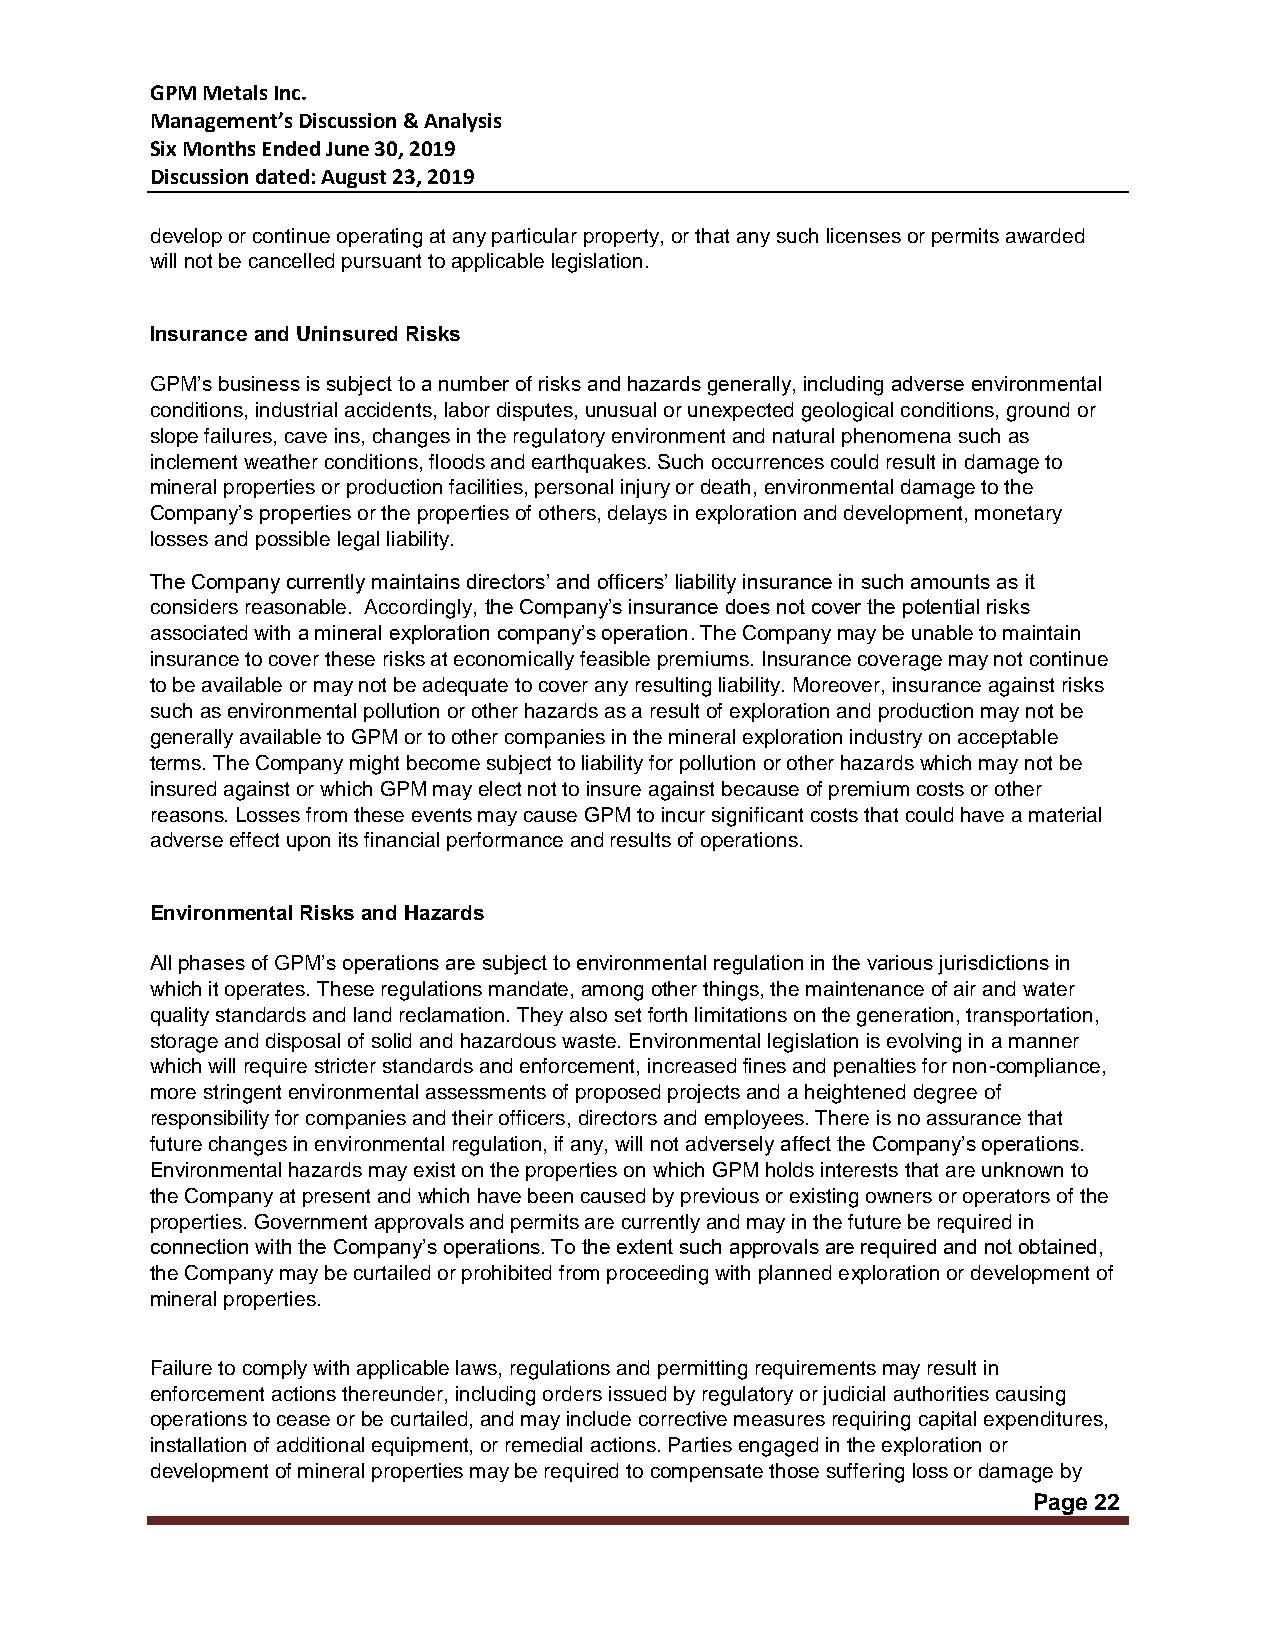
GPM Metals Inc.
 Management’s Discussion & Analysis
 Six Months Ended June 30, 2019
 Discussion dated: August 23, 2019
 develop or continue operating at any particular property, or that any such licenses or permits awarded
 will not be cancelled pursuant to applicable legislation.
 Insurance and Uninsured Risks
 GPM’s business is subject to a number of risks and hazards generally, including adverse environmental
 conditions, industrial accidents, labor disputes, unusual or unexpected geological conditions, ground or
 slope failures, cave ins, changes in the regulatory environment and natural phenomena such as
 inclement weather conditions, floods and earthquakes. Such occurrences could result in damage to
 mineral properties or production facilities, personal injury or death, environmental damage to the
 Company’s properties or the properties of others, delays in exploration and development, monetary
 losses and possible legal liability.
 The Company currently maintains directors’ and officers’ liability insurance in such amounts as it
 considers reasonable. Accordingly, the Company’s insurance does not cover the potential risks
 associated with a mineral exploration company’s operation. The Company may be unable to maintain
 insurance to cover these risks at economically feasible premiums. Insurance coverage may not continue
 to be available or may not be adequate to cover any resulting liability. Moreover, insurance against risks
 such as environmental pollution or other hazards as a result of exploration and production may not be
 generally available to GPM or to other companies in the mineral exploration industry on acceptable
 terms. The Company might become subject to liability for pollution or other hazards which may not be
 insured against or which GPM may elect not to insure against because of premium costs or other
 reasons. Losses from these events may cause GPM to incur significant costs that could have a material
 adverse effect upon its financial performance and results of operations.
 Environmental Risks and Hazards
 All phases of GPM’s operations are subject to environmental regulation in the various jurisdictions in
 which it operates. These regulations mandate, among other things, the maintenance of air and water
 quality standards and land reclamation. They also set forth limitations on the generation, transportation,
 storage and disposal of solid and hazardous waste. Environmental legislation is evolving in a manner
 which will require stricter standards and enforcement, increased fines and penalties for non-compliance,
 more stringent environmental assessments of proposed projects and a heightened degree of
 responsibility for companies and their officers, directors and employees. There is no assurance that
 future changes in environmental regulation, if any, will not adversely affect the Company’s operations.
 Environmental hazards may exist on the properties on which GPM holds interests that are unknown to
 the Company at present and which have been caused by previous or existing owners or operators of the
 properties. Government approvals and permits are currently and may in the future be required in
 connection with the Company’s operations. To the extent such approvals are required and not obtained,
 the Company may be curtailed or prohibited from proceeding with planned exploration or development of
 mineral properties.
 Failure to comply with applicable laws, regulations and permitting requirements may result in
 enforcement actions thereunder, including orders issued by regulatory or judicial authorities causing
 operations to cease or be curtailed, and may include corrective measures requiring capital expenditures,
 installation of additional equipment, or remedial actions. Parties engaged in the exploration or
 development of mineral properties may be required to compensate those suffering loss or damage by
 Page 22